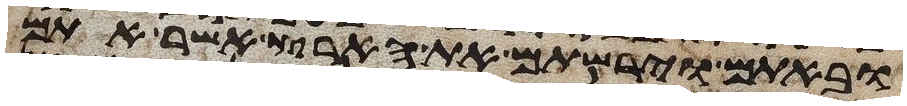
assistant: ובאתם וירשתם את הארץ אשר אתם